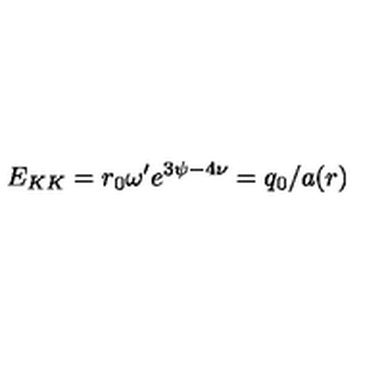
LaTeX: E _ { K K } = r _ { 0 } \omega ^ { \prime } e ^ { 3 \psi - 4 \nu } = q _ { 0 } / a ( r )